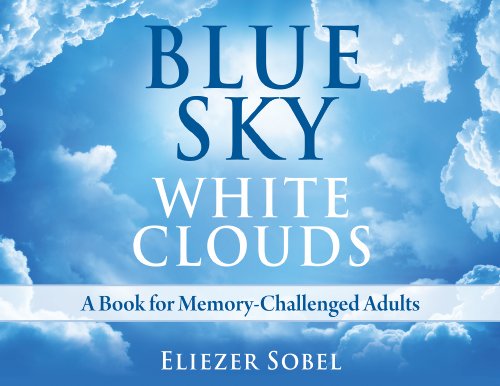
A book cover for Blue Sky, White Clouds: A Book for Memory-Challenged Adults; Eliezer Sobel; Health, Fitness & Dieting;